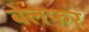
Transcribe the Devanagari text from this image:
बेलफर